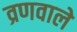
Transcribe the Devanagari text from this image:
व्रणवाले